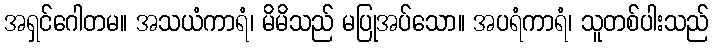
အရှင်ဂေါတမ။ အသယံကာရံ၊ မိမိသည် မပြုအပ်သော။ အပရံကာရံ၊ သူတစ်ပါးသည်